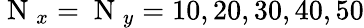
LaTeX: \mathrm{~N~}_{x}=\mathrm{~N~}_{y}=10,20,30,40,50